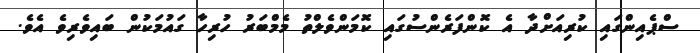
ސްޕެއިންގައި ކުރިއަށްދާ އެ ކޮންފަރެންސުގައި ކޮމަންވެލްތު މެމްބަރު ހުރިހާ ގައުމަކުން ބައިވެރިވެ އެވެ.